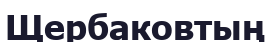
Щербаковтың